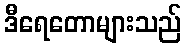
ဒီရေတောများသည်